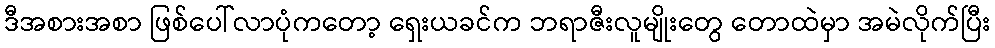
ဒီအစားအစာ ဖြစ်ပေါ်လာပုံကတော့ ရှေးယခင်က ဘရာဇီးလူမျိုးတွေ တောထဲမှာ အမဲလိုက်ပြီး